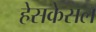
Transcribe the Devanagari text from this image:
हेसकेसल